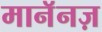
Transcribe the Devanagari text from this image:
मानॅनज़